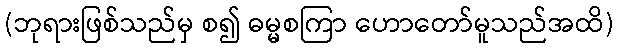
(ဘုရားဖြစ်သည်မှ စ၍ ဓမ္မစကြာ ဟောတော်မူသည်အထိ)